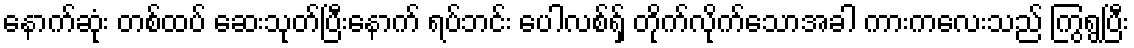
နောက်ဆုံး တစ်ထပ် ဆေးသုတ်ပြီးနောက် ရပ်ဘင်း ပေါလစ်ရှ် တိုက်လိုက်သောအခါ ကားကလေးသည် ကြွရွပြီး